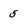
Character: 5